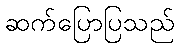
ဆက်ပြောပြသည်